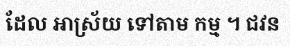
ដែល ឤស្រ័យ ទៅតាម កម្ម ។ ជវន